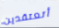
أتعتقدين